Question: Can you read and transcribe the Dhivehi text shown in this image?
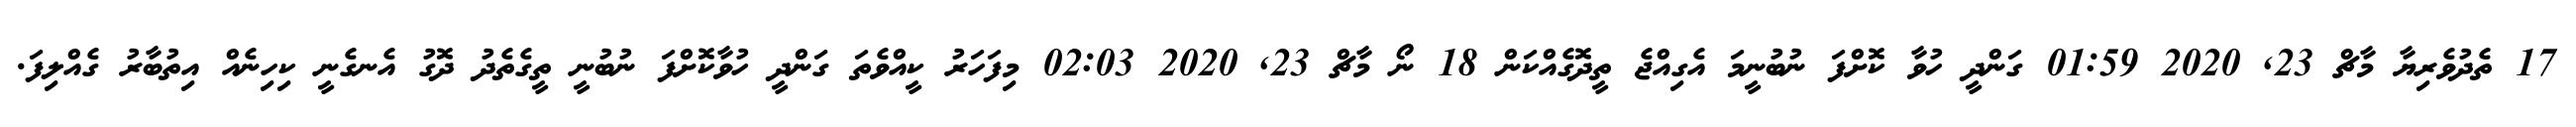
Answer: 17 ތެދުވެރިޔާ މާޗް 23, 2020 01:59 ގަންދީ ހުވާ ކޮށްފަ ނުބުނީމަ އެގިއްޖެ ތީދޮގެއްކަން 18 ނޯ މާޗް 23, 2020 02:03 މިފަހަރު ކީއްވެތަ ގަންދީ ހުވާކޮށްފަ ނުބުނީ ތީގެތެދު ދޮގު އެނގެނީ ކިހިނެއް އިތުބާރު ގެއްލިފަ.